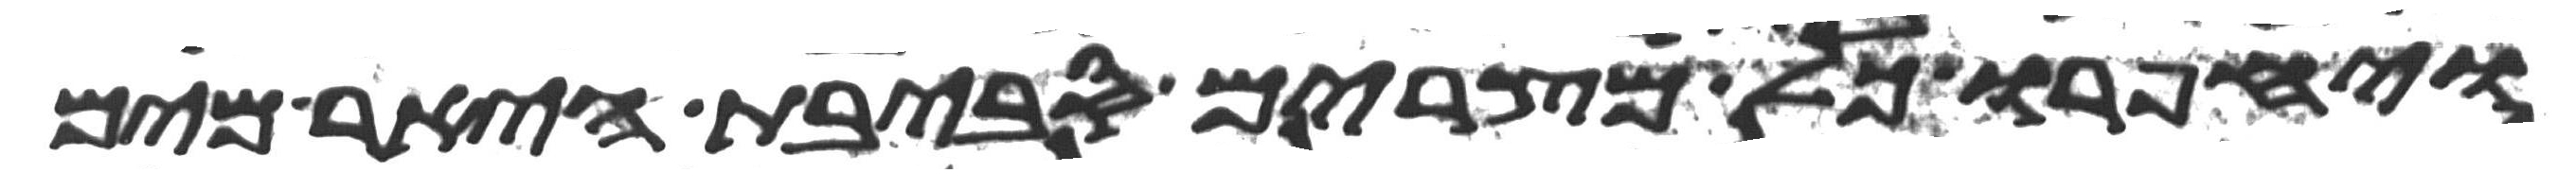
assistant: ויחפרו כל מצרים סביבת היאר מים